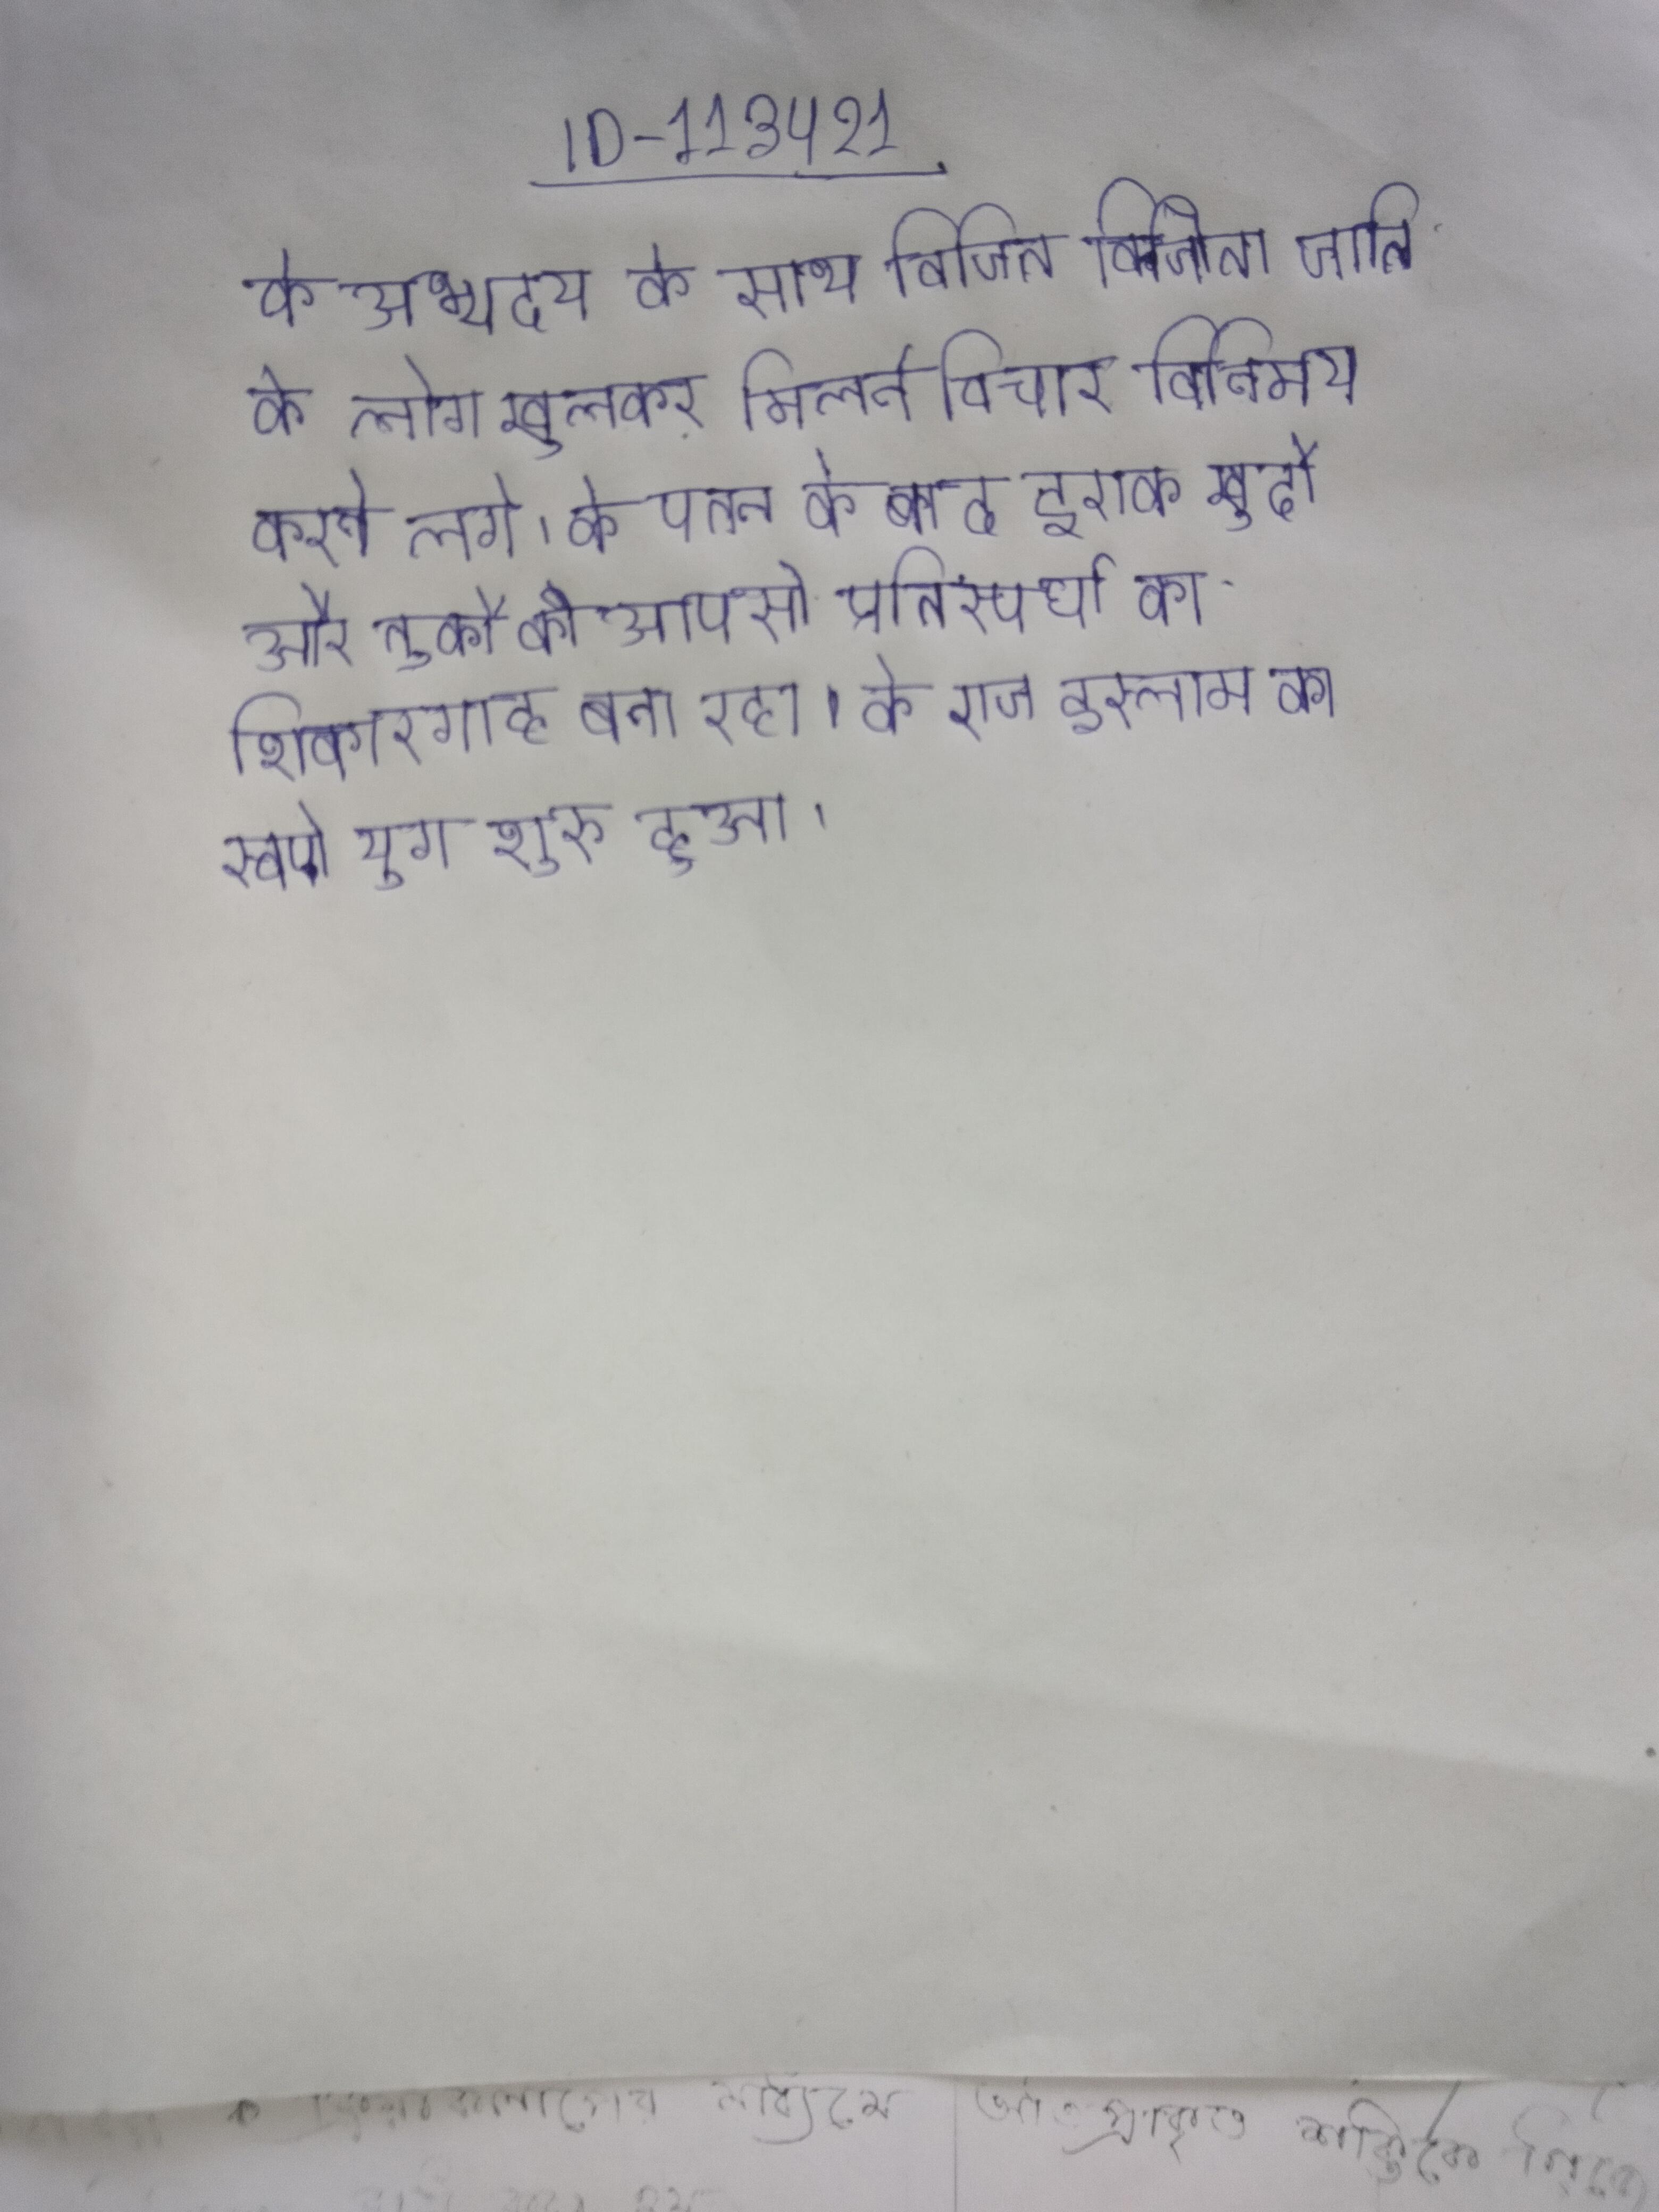
के अभ्युदय के साथ विजित विजेता जाति के लोग खुलकर मिलने विचार विनिमय करने लगे । के पतन के बाद इराक खुर्दो और तुर्को की आपसी प्रतिस्पर्धा का शिकारगाह बना रहा । के राज इस्लाम का स्वर्ण युग शुरु हुआ ।